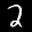
Label: 2